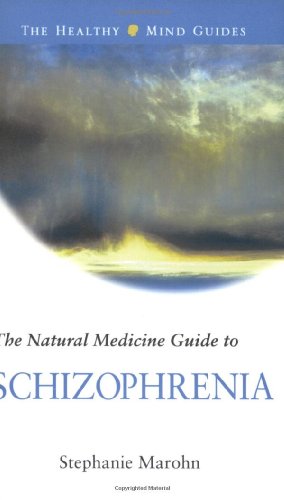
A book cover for The Natural Medicine Guide to Schizophrenia (Healthy Mind Guides); Stephanie Marohn; Health, Fitness & Dieting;